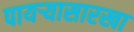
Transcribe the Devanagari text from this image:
पायऱ्यासारखा